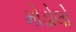
મોડોલો